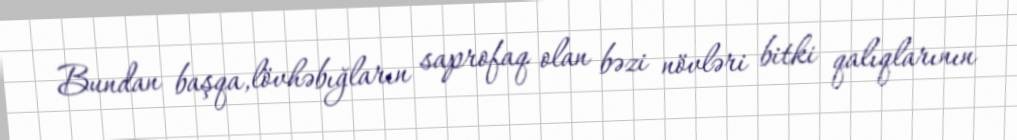
Bundan başqa,lövhəbığların saprofaq olan bəzi növləri bitki qalıqlarının